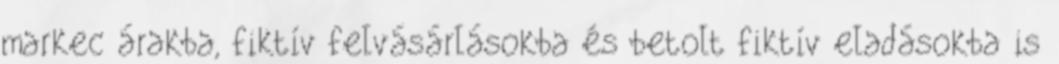
markec árakba, fiktív felvásárlásokba és betolt fiktív eladásokba is